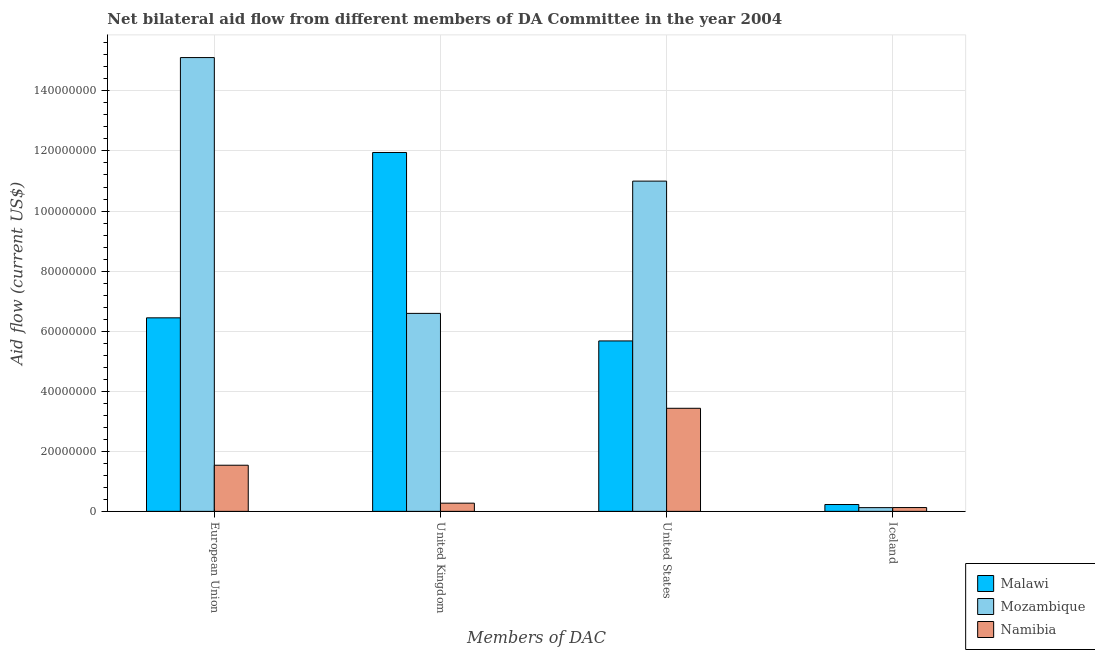
| Members of DAC | Malawi | Mozambique | Namibia |
 | --- | --- | --- | --- |
 | European Union | 6.44e+07 | 1.51e+08 | 1.54e+07 |
 | United Kingdom | 1.2e+08 | 6.59e+07 | 2.73e+06 |
 | United States | 5.68e+07 | 1.1e+08 | 3.43e+07 |
 | Iceland | 2.28e+06 | 1.24e+06 | 1.27e+06 |